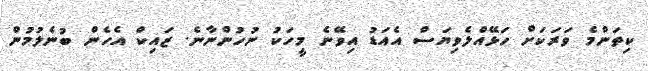
ކިތަންމެ ވަރަކަށް ހަޅޭއްލެވިޔަސް އެއަޑު އިވޭނެ މީހަކު ނުހުންނާނެ. ޒައިކް އެހެން ބުނެލުމުން